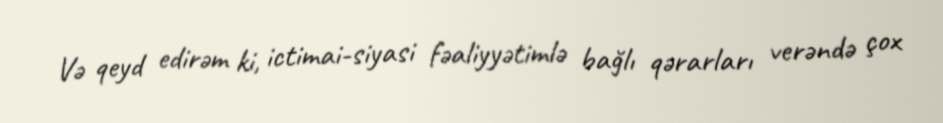
Və qeyd edirəm ki, ictimai-siyasi fəaliyyətimlə bağlı qərarları verəndə çox